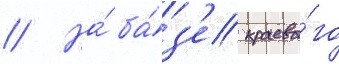
// На́ ба́з'е краево́го